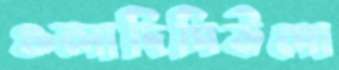
ওলাদিপিউপো